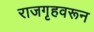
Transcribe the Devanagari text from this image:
राजगृहवरून